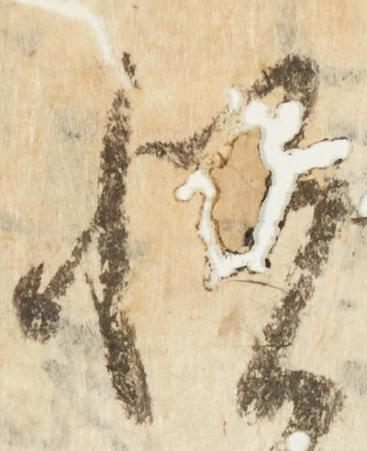
悦